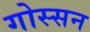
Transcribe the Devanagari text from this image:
गोस्सन